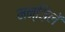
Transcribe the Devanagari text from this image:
मन्ज़िलें